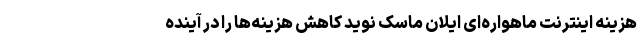
هزینه اینترنت ماهواره‌ای ایلان ماسک نوید کاهش هزینه‌ها را در آینده